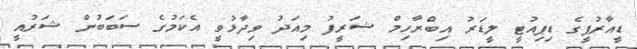
ޑީއާރުޕީގެ ޑިޕިއުޓީ ލީޑަރު އިބްރާހިމް ޝަރީފު މިއަދު ވިދާޅުވީ އެކަމުގެ ސަބަބުން ޝަރުއީ